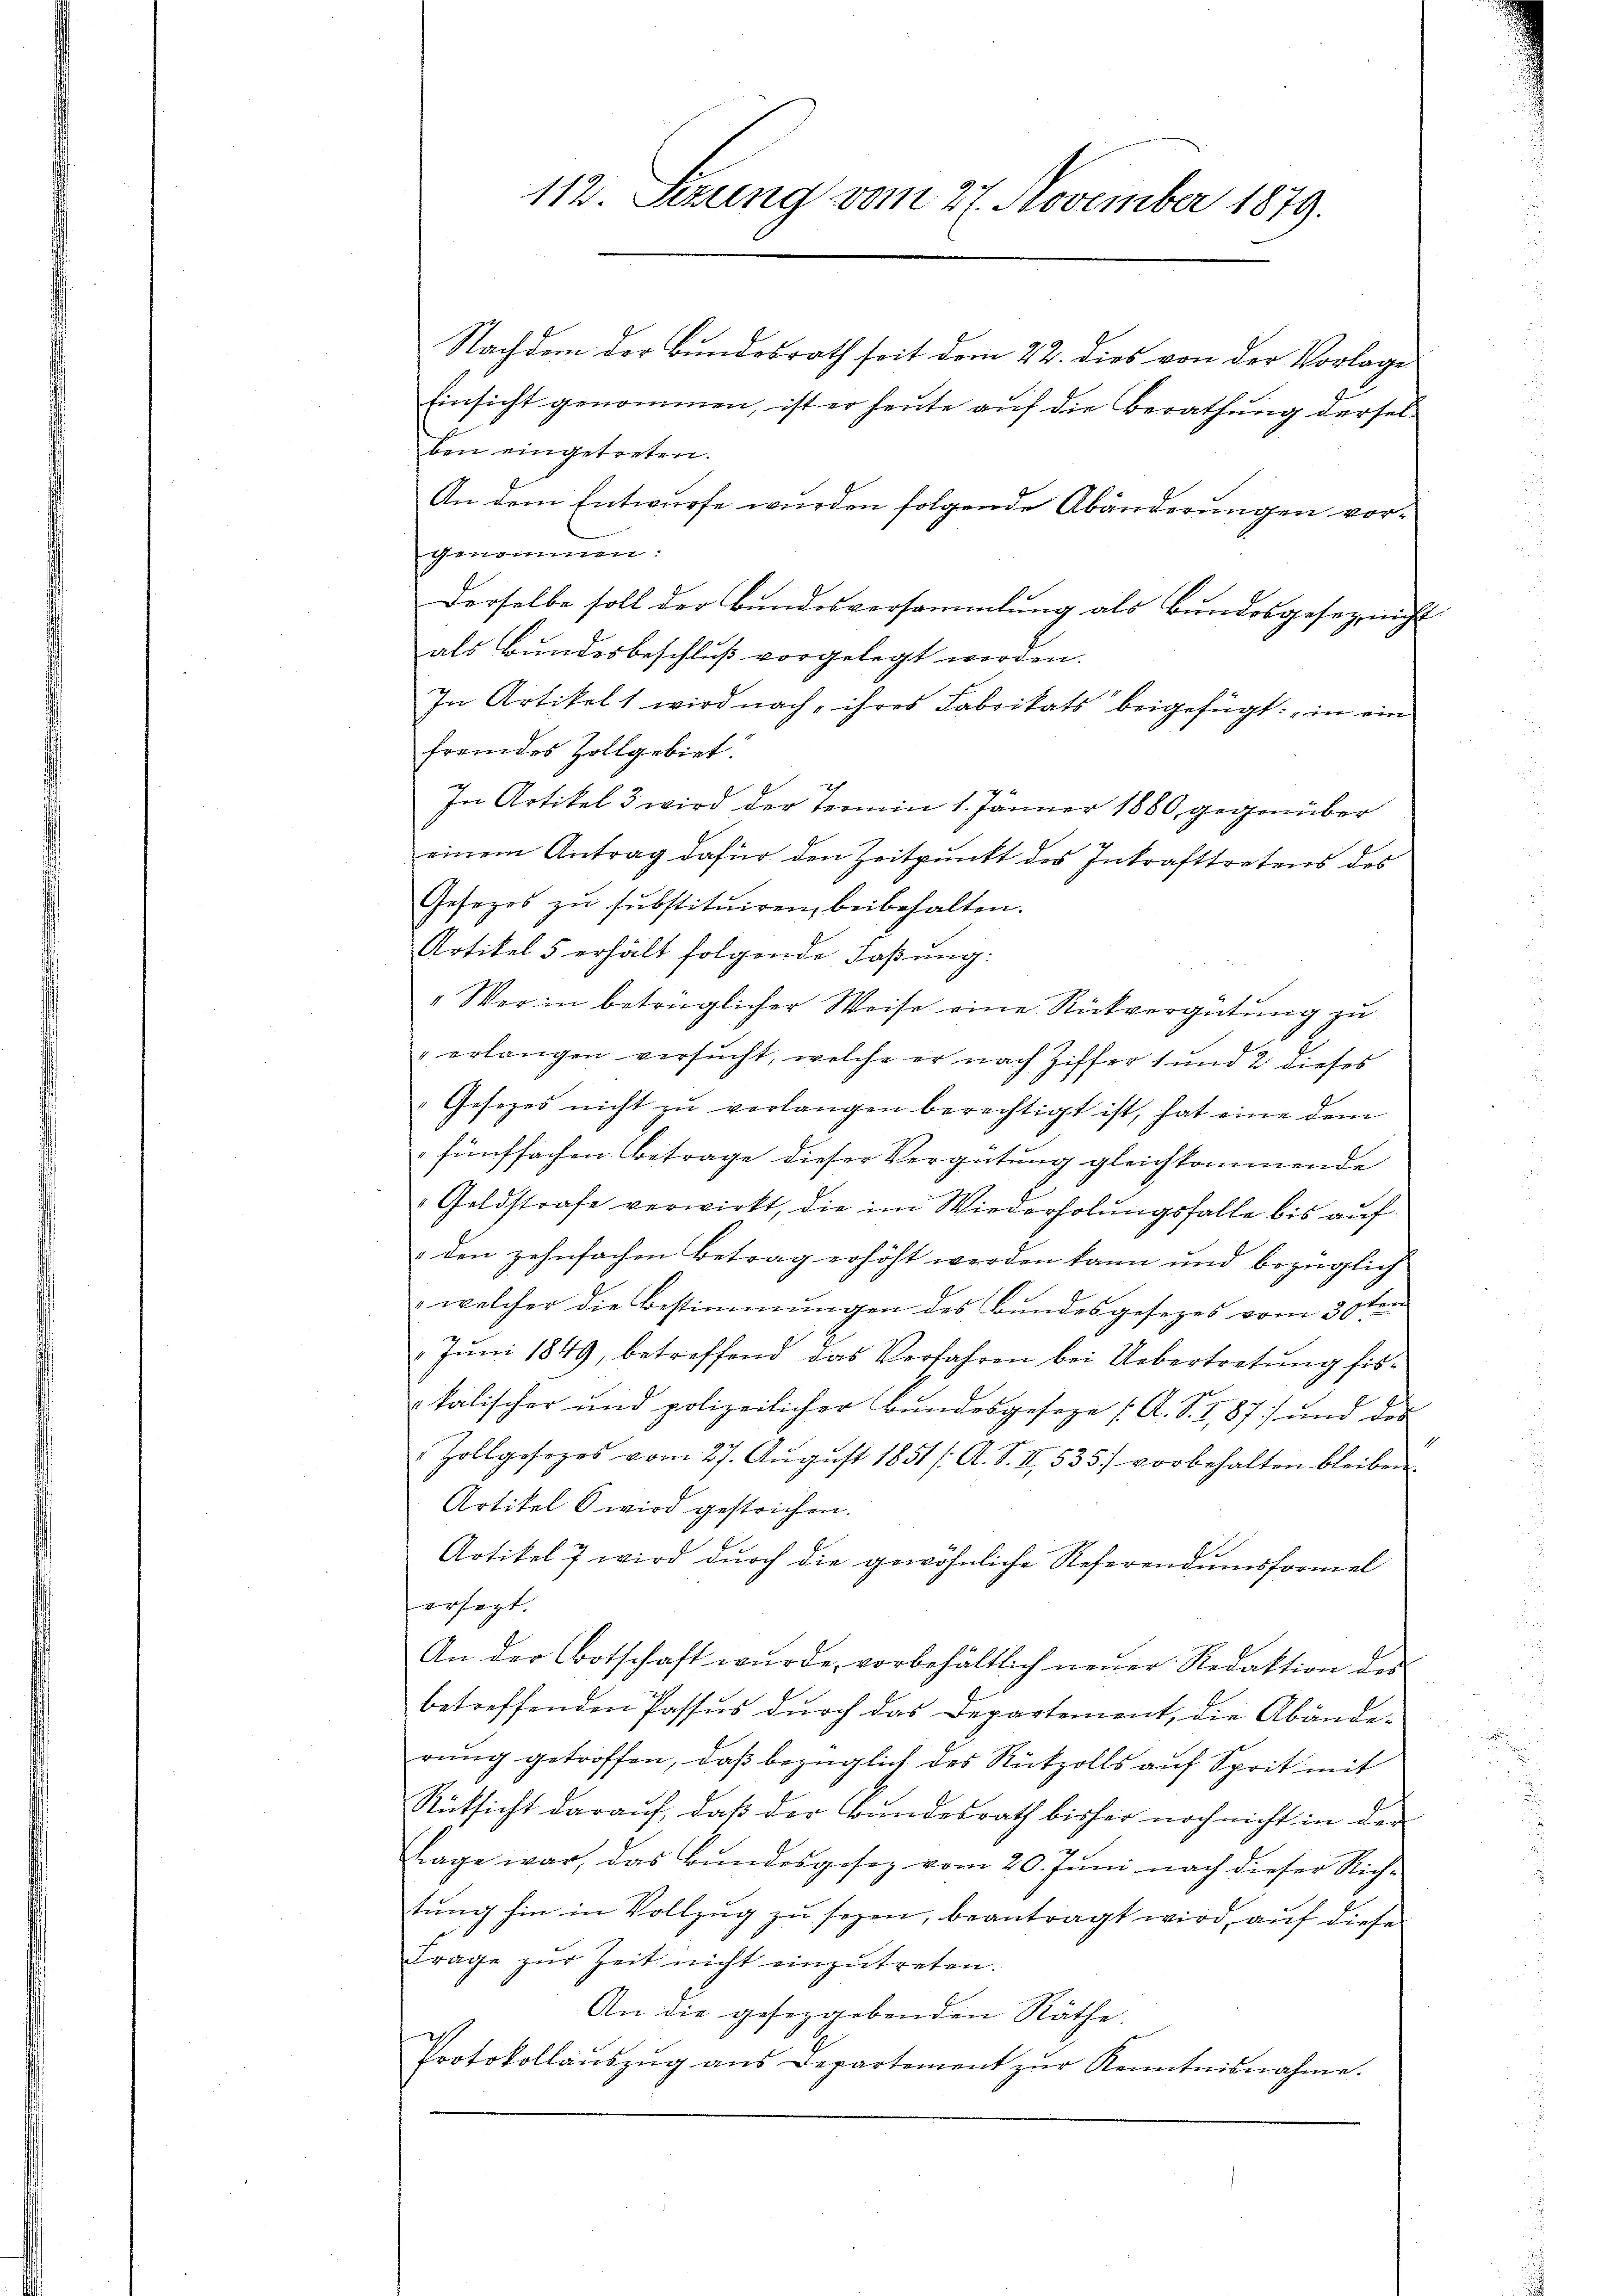
ben eingetreten.
An dem Entwurfe wurden folgende Abänderungen vorgenommen:
Derselbe soll der Bundesversammlung als Bundesgesetz nicht
als Bundesbeschluß vorgelegt werden.
In Artikelt wird nach, ihres Fabrikats beigefügt: „in ein
fremdes Zollgebiet:
In Artikel 3 wird der Termin 1. Jänner 1880 gegenüber
einem Antrag dafür den Zeitpunkt des Inkrafttretens des
Gesezes zu substituiren, beibehalten.
Artikel 5 erhält folgende Faßung.
„Wer in betrüglicher Weise eine Rückvergütung zu
" erlangen versucht, welche er nach Ziffer 1 und 2 dieses
Gesezes nicht zŭ verlangen berechtigt ist, hat eine dem
fünffachen Betrage dieser Vergütung gleichkommende
Goldstrafe verwirkt, die im Wiederholungsfalle bis auf
den zehnfachen Betrag erhöht werden kann und bezüglich
 welcher die Bestimmungen des Bundesgesezes vom 30ten
2 Juni 1849, betreffend das Verfahren bei Uebertretung fiskalischer und polizeilicher Bundesgeseze (A. S. I, 87) und des
Hollgesezes vom 27. Aŭgŭst 1851 /A. S. II 535. vorbehalten bleiben.
Artikel 6 wird gestrichen.
Artikel 7 wird durch die gewöhnliche Referendumsformel
ersagt.
An der Botschaft wurde, vorbehältlich neuer Redaktion des
betreffenden Passus durch das Departement, die Abänderung getroffen, daß bezüglich des Rückzolls auf Sprit mit
Rücksicht darauf, daß der Bundesrath bisher noch nicht in den
lage war, das Bŭndesgesez vom 20. Jŭni nach dieser Rich-
tŭng hin in Vollzug zu sezen, beantragt wird, auf diese
Frage zŭr Zeit nicht einzŭtreten.
An die geseggebenden Räthe.
Protokollaŭszŭg ans Departement zŭr Kenntnisnahme.

112. Setzung vom 27. November 1879.

Nachdem der Bundesrath seit dem 22. dies von der Vorlage
Einsicht genommen, ist er heute auf die Berathung dersel¬